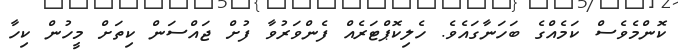
ކޮންމެވެސް ކަމެއްގެ ބަހަނާގައެވެ. ހެލިކޮޕްޓަރެއް ފެންވަރުވާ ފުށް ޖައްސަން ކިތަށް މީހުން ކިހާ